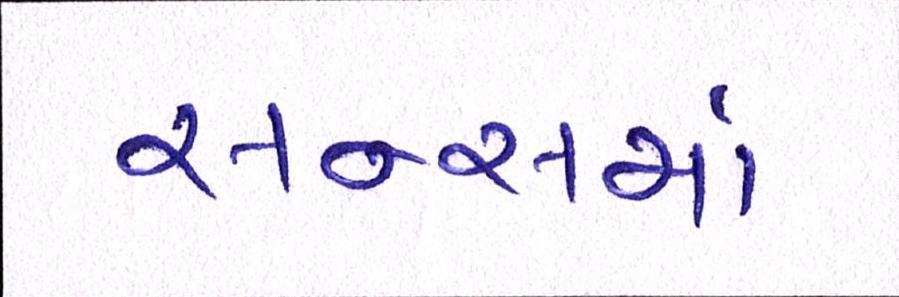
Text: સન્સમાં